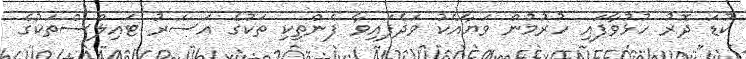
ކުޑަ ދޮރު ހުޅުވާފައި ހުރުމުން ވަޔާއެކު ވަދެފައިވާ ފެންތިކި ތަކުގެ އަސަރު ޓައިލްސްތަކުގެ